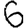
Digit: 6